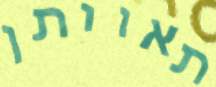
תאוותן